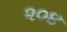
૨૦૪